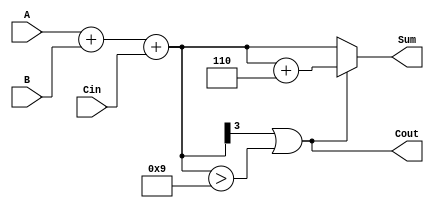
module BCD_Adder (
    input  [3:0] A,      // First BCD digit (0-9)
    input  [3:0] B,      // Second BCD digit (0-9)
    input        Cin,     // Carry-in
    output [3:0] Sum,     // BCD sum output
    output       Cout      // Carry-out
);

// Internal signals
wire [4:0] R;          // 5-bit result for binary sum
wire correction;       // Correction signal

// Binary addition of A, B, and Cin
assign R = A + B + Cin;

// Determine if correction is needed
assign correction = (R[3] == 1) || (R[3:0] > 9);

// Calculate the BCD output
assign Sum = correction ? (R[3:0] + 4'b0110) : R[3:0];

// Set carry-out signal
assign Cout = correction;

endmodule